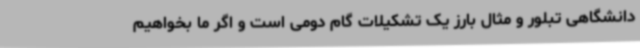
دانشگاهی تبلور و مثال بارز یک تشکیلات گام دومی است و اگر ما بخواهیم